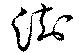
澍